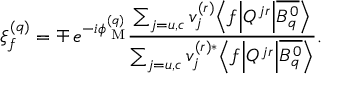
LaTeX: \xi _ { f } ^ { ( q ) } = \mp \, e ^ { - i \phi _ { \mathrm { { \scriptsize ~ M } } } ^ { ( q ) } } \frac { \sum _ { j = u , c } v _ { j } ^ { ( r ) } \Bigl \langle f \Bigl | { \cal Q } ^ { j r } \Bigr | \overline { { { B _ { q } ^ { 0 } } } } \Bigr \rangle } { \sum _ { j = u , c } v _ { j } ^ { ( r ) \ast } \Bigl \langle f \Bigl | { \cal Q } ^ { j r } \Bigr | \overline { { { B _ { q } ^ { 0 } } } } \Bigr \rangle } .